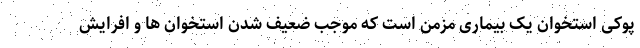
پوکی استخوان یک بیماری مزمن است که موجب ضعیف شدن استخوان ها و افرایش